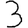
Digit: 3